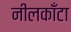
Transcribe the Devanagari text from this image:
नीलकाँटा